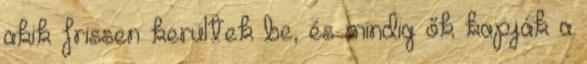
akik frissen kerültek be, és mindig ők kapják a